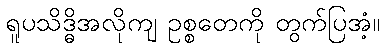
ရူပသိဒ္ဓိအလိုကျ ဥစ္စတေကို တွက်ပြအံ့။